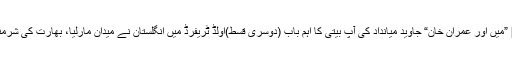
فہد کیہر26 فروری 2016ء Related Articles[اقتباسات] ”میں اور عمران خان“ جاوید میانداد کی آپ بیتی کا اہم باب (دوسری قسط)اولڈ ٹریفرڈ میں انگلستان نے میدان مارلیا، بھارت کی شرمناک کارکردگیولیم سن کی قائدانہ اننگز نے سیریز برابر کردی